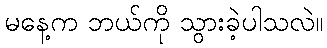
မနေ့က ဘယ်ကို သွားခဲ့ပါသလဲ။